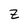
Character: Z